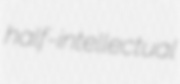
half-intellectual